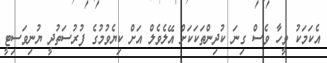
އެކަމަކު ވީހާ ވެސް ގިނަ ކުދިންތަކަކަށް އޭލެވެލް އަށް ކިޔެވުމުގެ ފުރުސަތުދީ ޔުނިވަސިޓީ